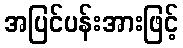
အပြင်ပန်းအားဖြင့်